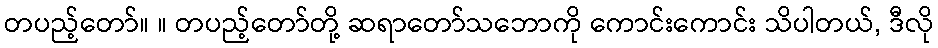
တပည့်တော်။ ။ တပည့်တော်တို့ ဆရာတော်သဘောကို ကောင်းကောင်း သိပါတယ်, ဒီလို